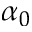
\alpha _ { 0 }